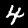
Label: 4